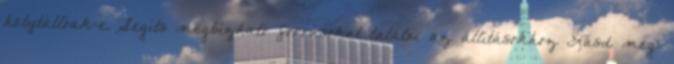
helytállóak-e. Segíts megbízható forrásokat találni az állításokhoz Lásd még: